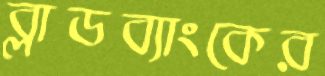
ব্লাডব্যাংকের